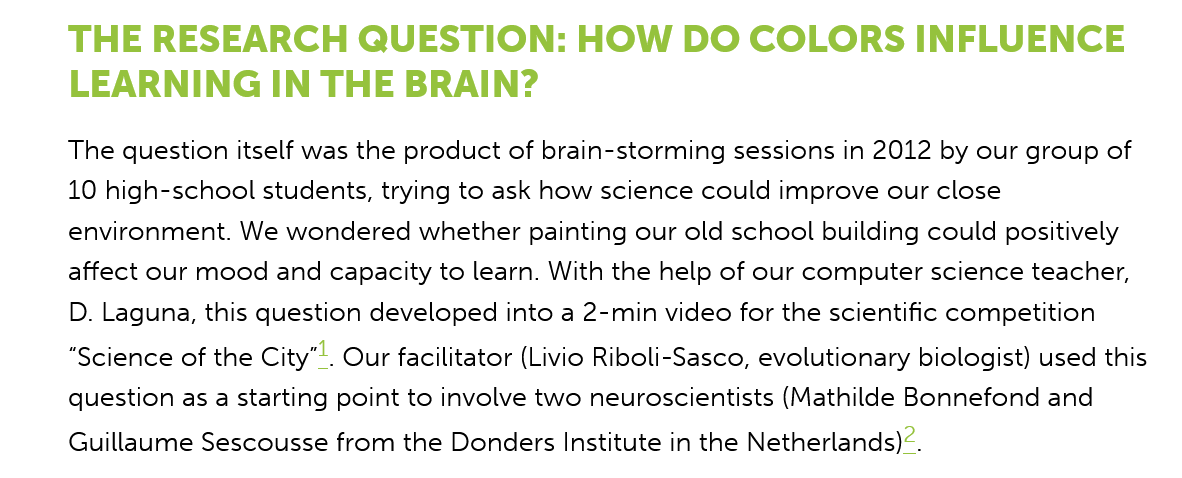
THE   RESEARCH    QUESTION:    HOW    DO   COLORS    INFLUENCE
     LEARNING    IN THE    BRAIN?
     The question itself was the product of brain-storming sessions in 2012 by our group of
     10 high-school students, trying to ask how science could improve our close
     environment. We  wondered  whether painting our old school building could positively
     affect our mood and capacity to learn. With the help of our computer science teacher,
     D. Laguna, this question developed into a 2-min video for the scientific competition
     “Science of the City’). Our facilitator (Livio Riboli-Sasco, evolutionary biologist) used thi
     question as a starting point to involve two neuroscientists (Mathilde Bonnefond and
     Guillaume Sescousse from  the Donders Institute in the Netherlands)2.